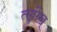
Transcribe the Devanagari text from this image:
त्सुरिख़्